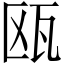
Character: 瓯